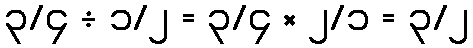
၃/၄ ÷ ၁/၂ = ၃/၄ × ၂/၁ = ၃/၂